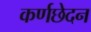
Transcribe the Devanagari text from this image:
कर्णछेदन